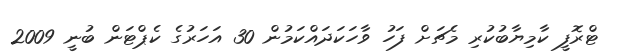
ޓްރޮފީ ކާމިޔާބުކުރި މެޗަށް ފަހު ވާހަކަދައްކަމުން 30 އަހަރުގެ ކެޕްޓަން ބުނީ 2009